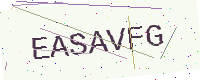
Text: EASAVFG